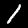
Digit: 1